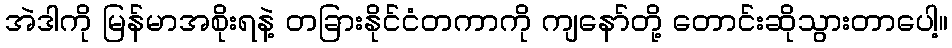
အဲဒါကို မြန်မာအစိုးရနဲ့ တခြားနိုင်ငံတကာကို ကျနော်တို့ တောင်းဆိုသွားတာပေါ့။